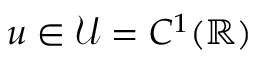
u \in \mathcal { U } = C ^ { 1 } ( \mathbb { R } )